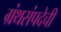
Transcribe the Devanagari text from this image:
ग्रंथसंपदेची